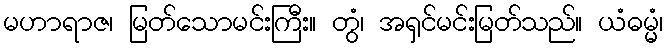
မဟာရာဇ၊ မြတ်သောမင်းကြီး။ တွံ၊ အရှင်မင်းမြတ်သည်။ ယံဓမ္မံ၊